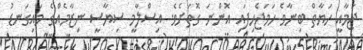
ޖަމާއީ ހަޔާތް ބިނާވެ ހަމަޖެހިފައި އޮންނަ ގޮތަށެވެ. އިސްލާމީ ސިޔާސީ ނިޒާމެއްގެ މައިގަނޑު